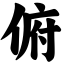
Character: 俯